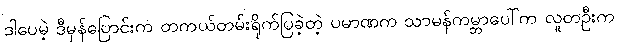
ဒါပေမဲ့ ဒီမှန်ပြောင်းက တကယ်တမ်းရိုက်ပြခဲ့တဲ့ ပမာဏက သာမန်ကမ္ဘာပေါ်က လူတဦးက